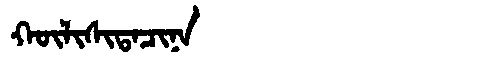
Manchu: ᡴᡡᠯᡳᠰᡳᡨᠠᠴᡳᠨᠠ
Romanization: KŪLISITACINA